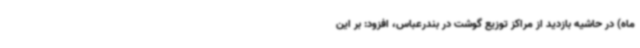
ماه) در حاشیه بازدید از مراکز توزیع گوشت در بندرعباس، افزود: بر این